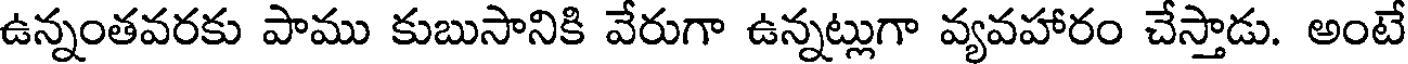
ఉన్నంతవరకు పాము కుబుసానికి వేరుగా ఉన్నట్లుగా వ్యవహారం చేస్తాడు. అంటే